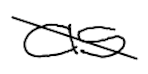
Text: as
Cross-out: diagonal
Writing tool: digital_black